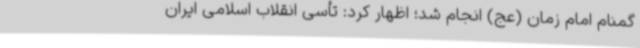
گمنام امام زمان (عج) انجام شد؛ اظهار کرد: تأسی انقلاب اسلامی ایران